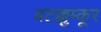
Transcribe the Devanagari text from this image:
वटक्कुम्कूर